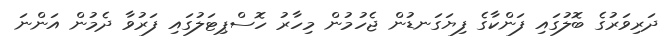
ދަރިވަރުގެ ބޮލުގައި ފަންކާގެ ފިޔަގަނޑުން ޖެހުމުން މިހާރު ހޮސްޕިޓަލުގައި ފަރުވާ ދެމުން އަންނަ